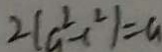
2 ( a ^ { 2 } - c ^ { 2 } ) = a